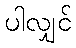
ပါလျှင်